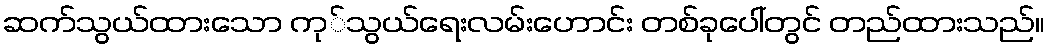
ဆက်သွယ်ထားသော ကု်သွယ်ရေးလမ်းဟောင်း တစ်ခုပေါ်တွင် တည်ထားသည်။